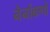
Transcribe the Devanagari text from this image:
नैनोंकणों